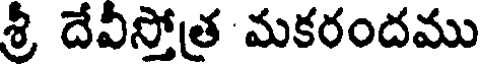
శ్రీ దేవీస్తోత్ర మకరందము